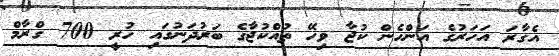
އެގާރަ އަހަރުގެ އަންހެން ކުޖާ ވިހޭ ތުއްކުޖާގެ ބަރުދަނުގައި ހުރީ 700 ގްރާމް